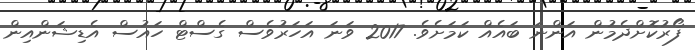
ފޯރުކޮށްދެމުން އަންނަ ބައެއް ކަމަށެވެ. 2017 ވަނަ އަހަރުވެސް ގެސްޓް ހައުސް އެޑިޝަންއިން